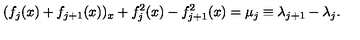
( f _ { j } ( x ) + f _ { j + 1 } ( x ) ) _ { x } + f _ { j } ^ { 2 } ( x ) - f _ { j + 1 } ^ { 2 } ( x ) = \mu _ { j } \equiv \lambda _ { j + 1 } - \lambda _ { j } .